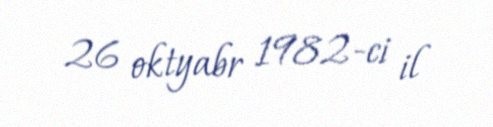
26 oktyabr 1982-ci il